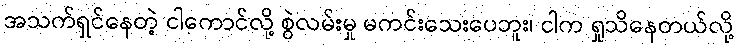
အသက်ရှင်နေတဲ့ ငါကောင်လို့ စွဲလမ်းမှု မကင်းသေးပေဘူး၊ ငါက ရှုသိနေတယ်လို့